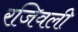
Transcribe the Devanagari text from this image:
रजिवली